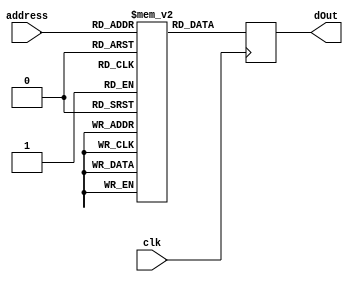
module ROM3(clk, address, dOut);
    input clk;
    input [7:0] address;
    output reg [7:0] dOut;
    (* ram_init_file = "sine.mif" *) reg [7:0] rom [255:0];
    always @(posedge clk) begin
        dOut = rom[address];
    end
endmodule